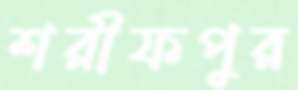
শরীফপুর